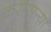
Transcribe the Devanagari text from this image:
करणार्‍य़ा